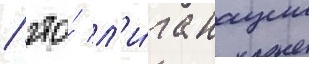
/ что́ л'и́га нации